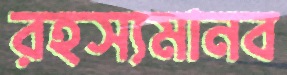
রহস্যমানব